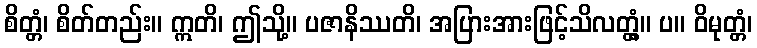
စိတ္တံ၊ စိတ်တည်း။ ဣတိ၊ ဤသို့။ ပဇာနိဿတိ၊ အပြားအားဖြင့်သိလတ္တံ့။ ပ။ ဝိမုတ္တံ၊